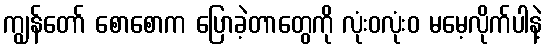
ကျွန်တော် စောစောက ပြောခဲ့တာတွေကို လုံးဝလုံးဝ မမေ့လိုက်ပါနဲ့